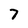
Character: 7